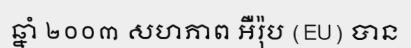
ឆ្នាំ ២០០៣ សហភាព អឺរ៉ុប (EU) បាន